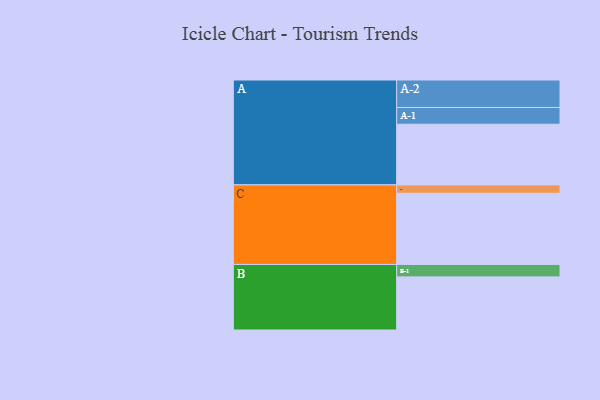
{"axis": {"x": "Segment", "y": "Value"}, "legend": ["", "A", "B", "C"], "data": [{"x": "A", "y": 464, "type": ""}, {"x": "B", "y": 406, "type": ""}, {"x": "C", "y": 544, "type": ""}, {"x": "A-1", "y": 128, "type": "A"}, {"x": "A-2", "y": 210, "type": "A"}, {"x": "B-1", "y": 95, "type": "B"}, {"x": "C-1", "y": 64, "type": "C"}]}